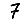
Digit: 7